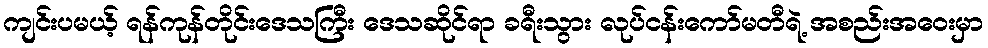
ကျင်းပမယ့် ရန်ကုန်တိုင်းဒေသကြီး ဒေသဆိုင်ရာ ခရီးသွား လုပ်ငန်းကော်မတီရဲ့ အစည်းအဝေးမှာ